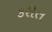
કરીત